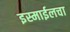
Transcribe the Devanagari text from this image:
इस्माईलचा